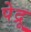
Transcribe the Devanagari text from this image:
पेद्रू